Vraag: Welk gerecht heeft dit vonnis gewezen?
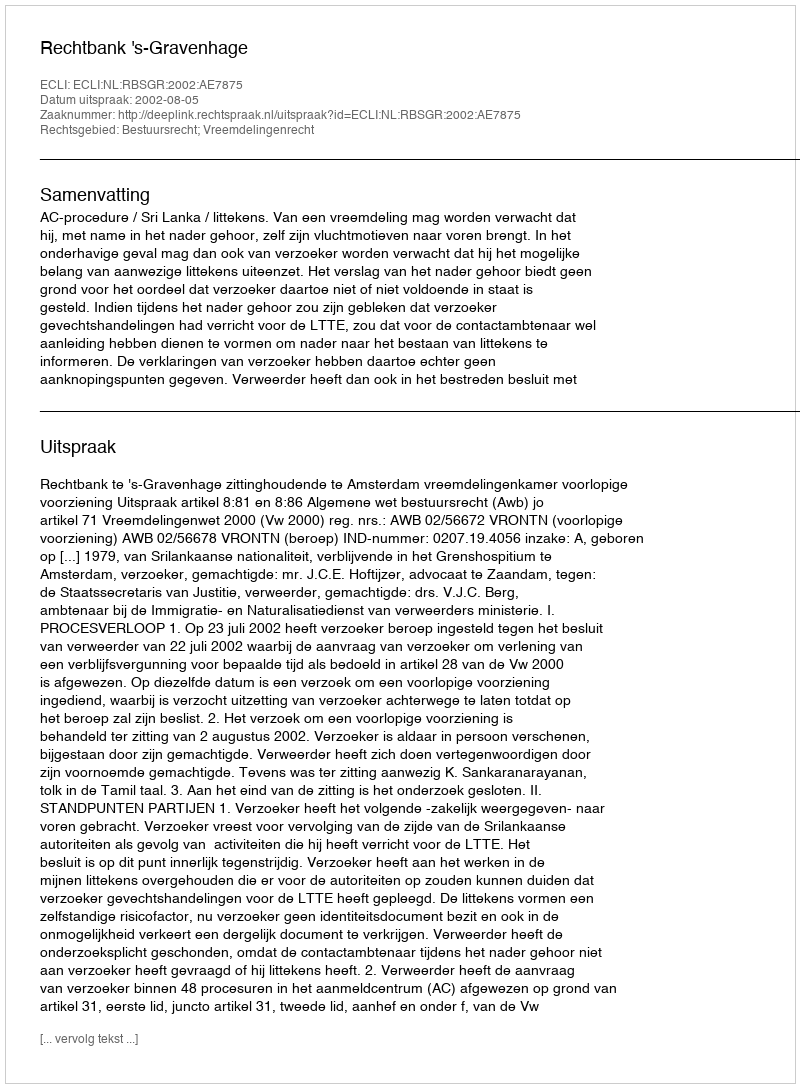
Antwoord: Rechtbank 's-Gravenhage